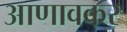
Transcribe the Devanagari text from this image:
आणावकर